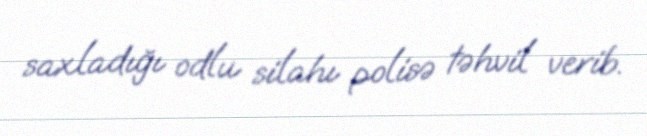
saxladığı odlu silahı polisə təhvil verib.